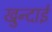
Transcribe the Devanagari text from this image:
खुन्दाई